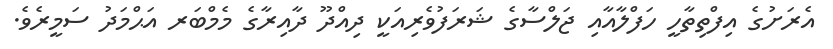
އެރަށުގެ އިފްތިތާހީ ހަފްލާއާއި ޖަލްސާގެ ޝަރަފުވެރިއަކީ ދިއްދޫ ދާއިރާގެ މެމްބަރ އަޙްމަދު ސަމީރެވެ.